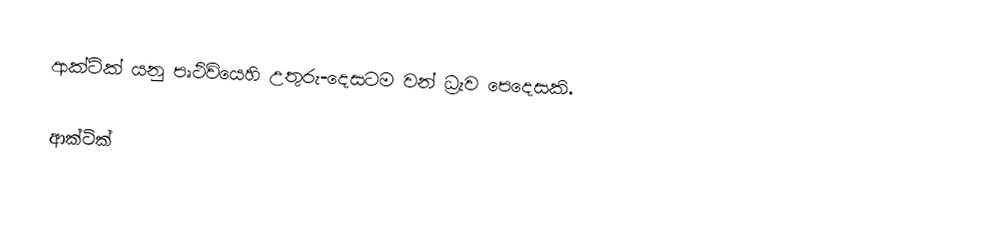
ආක්ටික්  යනු  පෘථිවියෙහි උතුරු-දෙසටම වන් ධ්‍රැව පෙදෙසකි.

ආක්ටික්